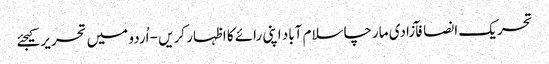
تحریک انصافآزادی مارچاسلام آباد اپنی رائے کا اظہار کریں - اُردو میں تحریر کیجئے